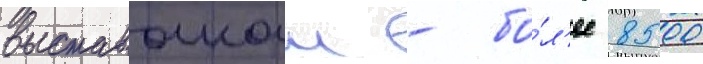
выставочнои - бо́л'ее 8500